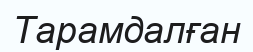
Тарамдалған